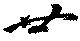
廿